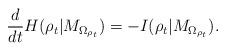
LaTeX: \begin{align*}\begin{aligned}\frac{d}{dt}H(\rho_{t} | M_{\Omega_{\rho_{t}}}) = - I(\rho_{t} | M_{\Omega_{\rho_{t}}}).\end{aligned}\end{align*}